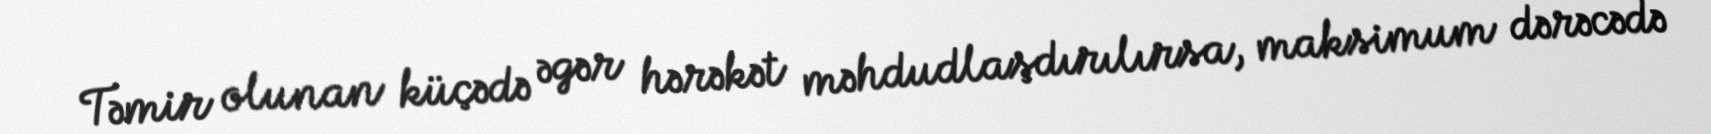
Təmir olunan küçədə əgər hərəkət məhdudlaşdırılırsa, maksimum dərəcədə